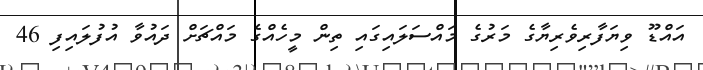
އައްޑޫ ވިޔަފާރިވެރިޔާގެ މަރުގެ މައްސަލައިގައި ތިން މީހެއްގެ މައްޗަށް ދައުވާ އުފުލައިފި 46